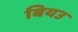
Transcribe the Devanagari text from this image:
बियउ